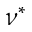
\nu ^ { * }